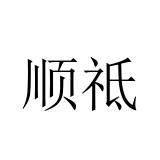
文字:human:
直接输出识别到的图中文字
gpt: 顺祗